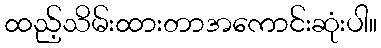
ထည့်သိမ်းထားတာအကောင်းဆုံးပါ။